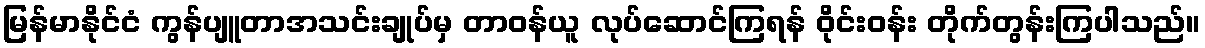
မြန်မာနိုင်ငံ ကွန်ပျူတာအသင်းချုပ်မှ တာဝန်ယူ လုပ်ဆောင်ကြရန် ဝိုင်းဝန်း တိုက်တွန်းကြပါသည်။